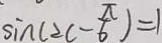
\sin ( 2 c - \frac { \pi } { 6 } ) = 1